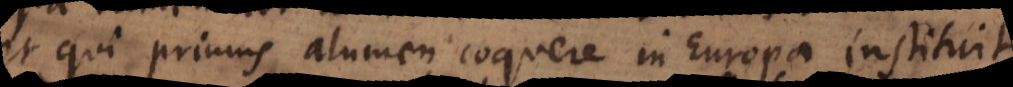
et qui primus alumen coquere in Europa docuit